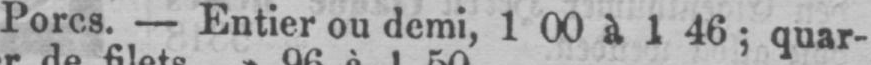
Porcs. - Entier ou demi, 1 00 à 1 46; quar-